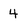
Character: 4